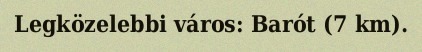
Legközelebbi város: Barót (7 km).